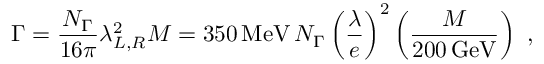
\Gamma = \frac { N _ { \Gamma } } { 1 6 \pi } \lambda _ { L , R } ^ { 2 } M = 3 5 0 \, \mathrm { M e V } \, N _ { \Gamma } \left( \frac { \lambda } { e } \right) ^ { 2 } \left( \frac { M } { 2 0 0 \, \mathrm { G e V } } \right) ~ ,